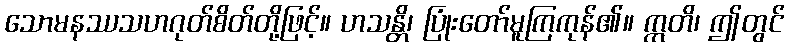
သောမနဿသဟဂုတ်စိတ်တို့ဖြင့်။ ဟသန္တိ၊ ပြုံးတော်မူကြကုန်၏။ ဣတိ၊ ဤတွင်